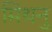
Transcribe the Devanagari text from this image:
मिथनु